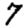
Digit: 7